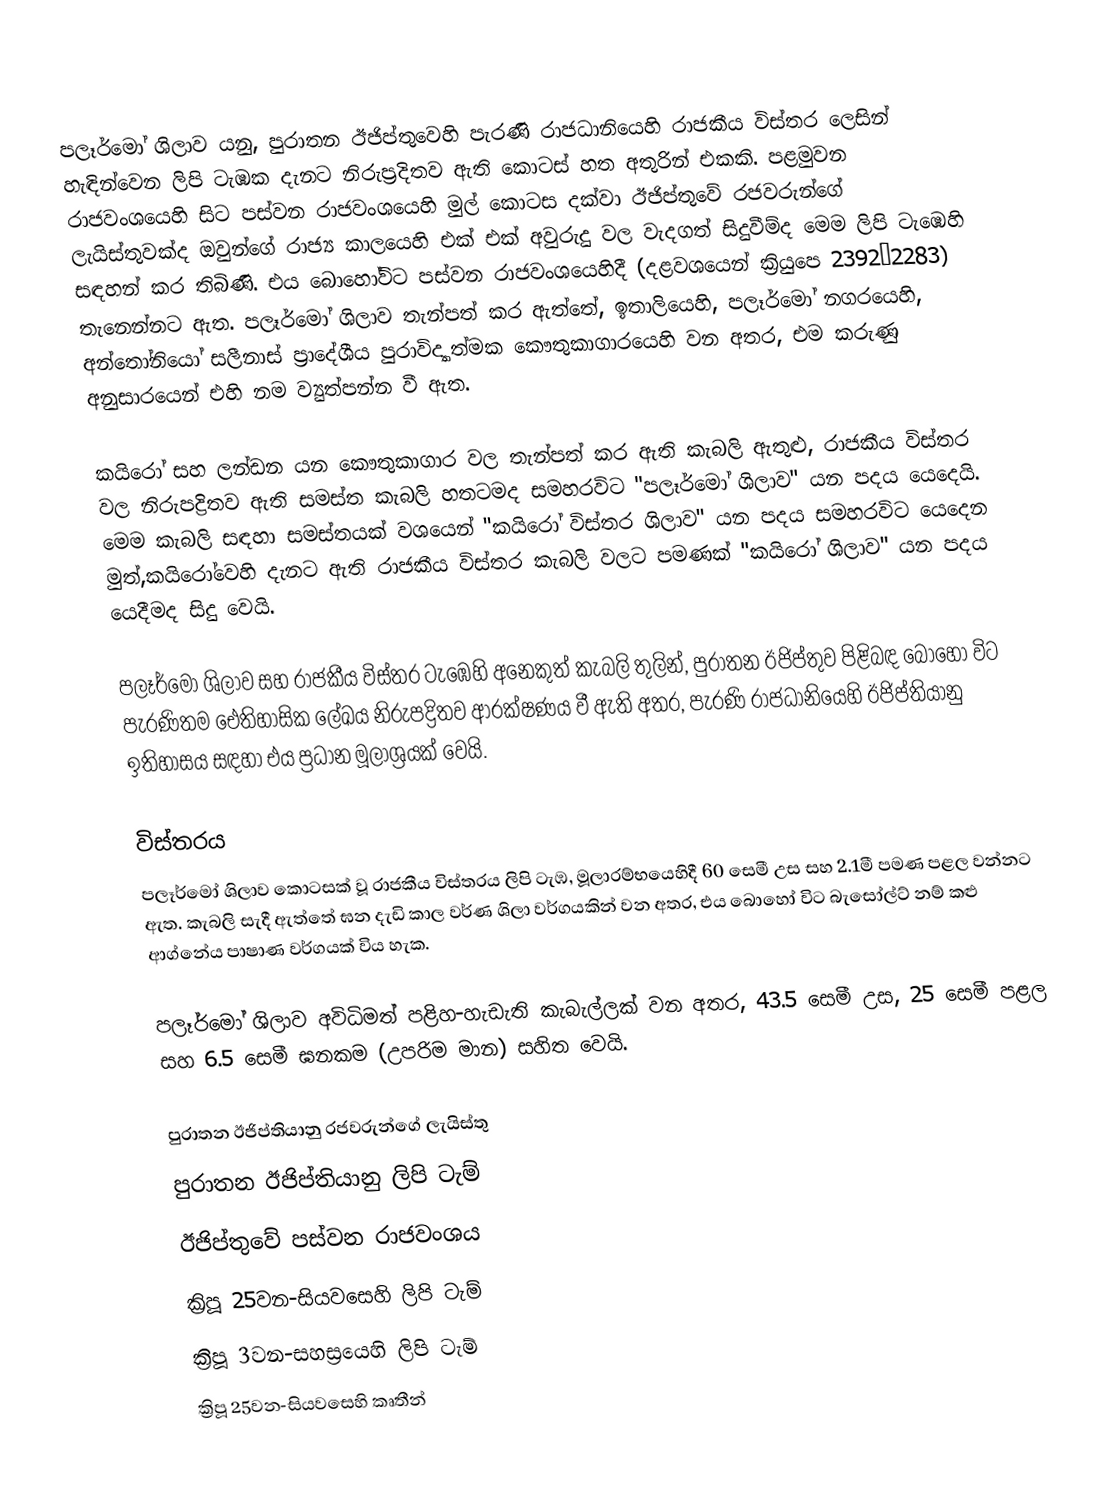
පලෑර්මෝ ශිලාව යනු, පුරාතන ඊජිප්තුවෙහි පැරණි රාජධානියෙහි රාජකීය විස්තර ලෙසින් හැඳින්වෙන ලිපි ටැඹක දැනට නිරුප්‍රදිතව ඇති කොටස් හත අතුරින් එකකි. පළමුවන රාජවංශයෙහි සිට පස්වන රාජවංශයෙහි මුල් කොටස දක්වා ඊජිප්තුවේ රජවරුන්ගේ ලැයිස්තුවක්ද ඔවුන්ගේ රාජ්‍ය කාලයෙහි එක් එක් අවුරුදු වල වැදගත් සිදුවීම්ද මෙම ලිපි ටැඹෙහි සඳහන් කර තිබිණි. එය බොහෝවිට  පස්වන රාජවංශයෙහිදී (දළවශයෙන් ක්‍රියුපෙ 2392–2283) තැනෙන්නට ඇත. පලෑර්මෝ ශිලාව තැන්පත් කර ඇත්තේ, ඉතාලියෙහි, පලෑර්මෝ නගරයෙහි, අන්තෝනියෝ සලීනාස් ප්‍රාදේශීය පුරාවිද්‍යාත්මක කෞතුකාගාරයෙහි වන අතර, එම කරුණු අනුසාරයෙන් එහි නම ව්‍යුත්පන්න වී ඇත.

කයිරෝ සහ ලන්ඩන යන කෞතුකාගාර වල තැන්පත් කර ඇති කැබලි ඇතුළු, රාජකීය විස්තර වල  නිරුපද්‍රිතව ඇති සමස්ත කැබලි  හතටමද සමහරවිට "පලෑර්මෝ ශිලාව" යන පදය යෙදෙයි. මෙම කැබලි සඳහා සමස්තයක් වශයෙන්  "කයිරෝ විස්තර ශිලාව" යන පදය සමහරවිට යෙදෙන මුත්,කයිරෝවෙහි දැනට ඇති රාජකීය විස්තර කැබලි වලට පමණක්  "කයිරෝ ශිලාව" යන පදය යෙදීමද සිදු වෙයි.

පලෑර්මෝ ශිලාව සහ රාජකීය විස්තර ටැඹෙහි අනෙකුත් කැබලි තුලින්, පුරාතන ඊජිප්තුව පිළිබඳ බොහෝ විට  පැරණිතම ඓතිහාසික ලේඛය නිරුපද්‍රිතව ආරක්ෂණය වී ඇති අතර,  පැරණි රාජධානියෙහි ඊජිප්තියානු ඉතිහාසය සඳහා එය ප්‍රධාන මූලාශ්‍රයක් වෙයි.

විස්තරය
පලෑර්මෝ ශිලාව කොටසක් වූ රාජකීය විස්තරය ලිපි ටැඹ, මූලාරම්භයෙහිදී  60 සෙමී උස සහ  2.1මී පමණ පළල වන්නට ඇත.  කැබලි සැදී ඇත්තේ ඝන දැඩි කාල වර්ණ ශිලා වර්ගයකින් වන අතර, එය බොහෝ විට බැසෝල්ට් නම් කළු ආග්නේය පාෂාණ වර්ගයක් විය හැක.

පලෑර්මෝ ශිලාව අවිධිමත්  පළිහ-හැඩැති කැබැල්ලක් වන අතර, 43.5 සෙමී උස, 25 සෙමී පළල සහ 6.5 සෙමී ඝනකම (උපරිම මාන) සහිත වෙයි.

පුරාතන ඊජිප්තියානු රජවරුන්ගේ ලැයිස්තු
පුරාතන ඊජිප්තියානු ලිපි ටැම්
ඊජිප්තුවේ පස්වන රාජවංශය
ක්‍රිපූ 25වන-සියවසෙහි ලිපි ටැම්
ක්‍රිපූ 3වන-සහස්‍රයෙහි ලිපි ටැම්
ක්‍රිපූ 25වන-සියවසෙහි කෘතීන්